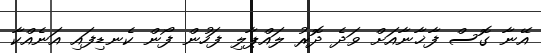
އޭނާ ގޮސް ފާޚާނާއަށް ވަދެ ދޮރު ލައްޕާލި ފަހުން ފޯން ކެނޑިފައި އަނެއްކާ